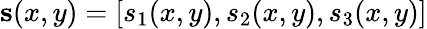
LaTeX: \mathbf{s}(x,y)=[s_{1}(x,y),s_{2}(x,y),s_{3}(x,y)]